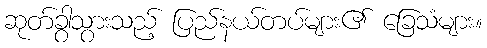
ဆုတ်ခွာသွားသည့် ပြည်နယ်တပ်များ၏ ခြေသံများ။